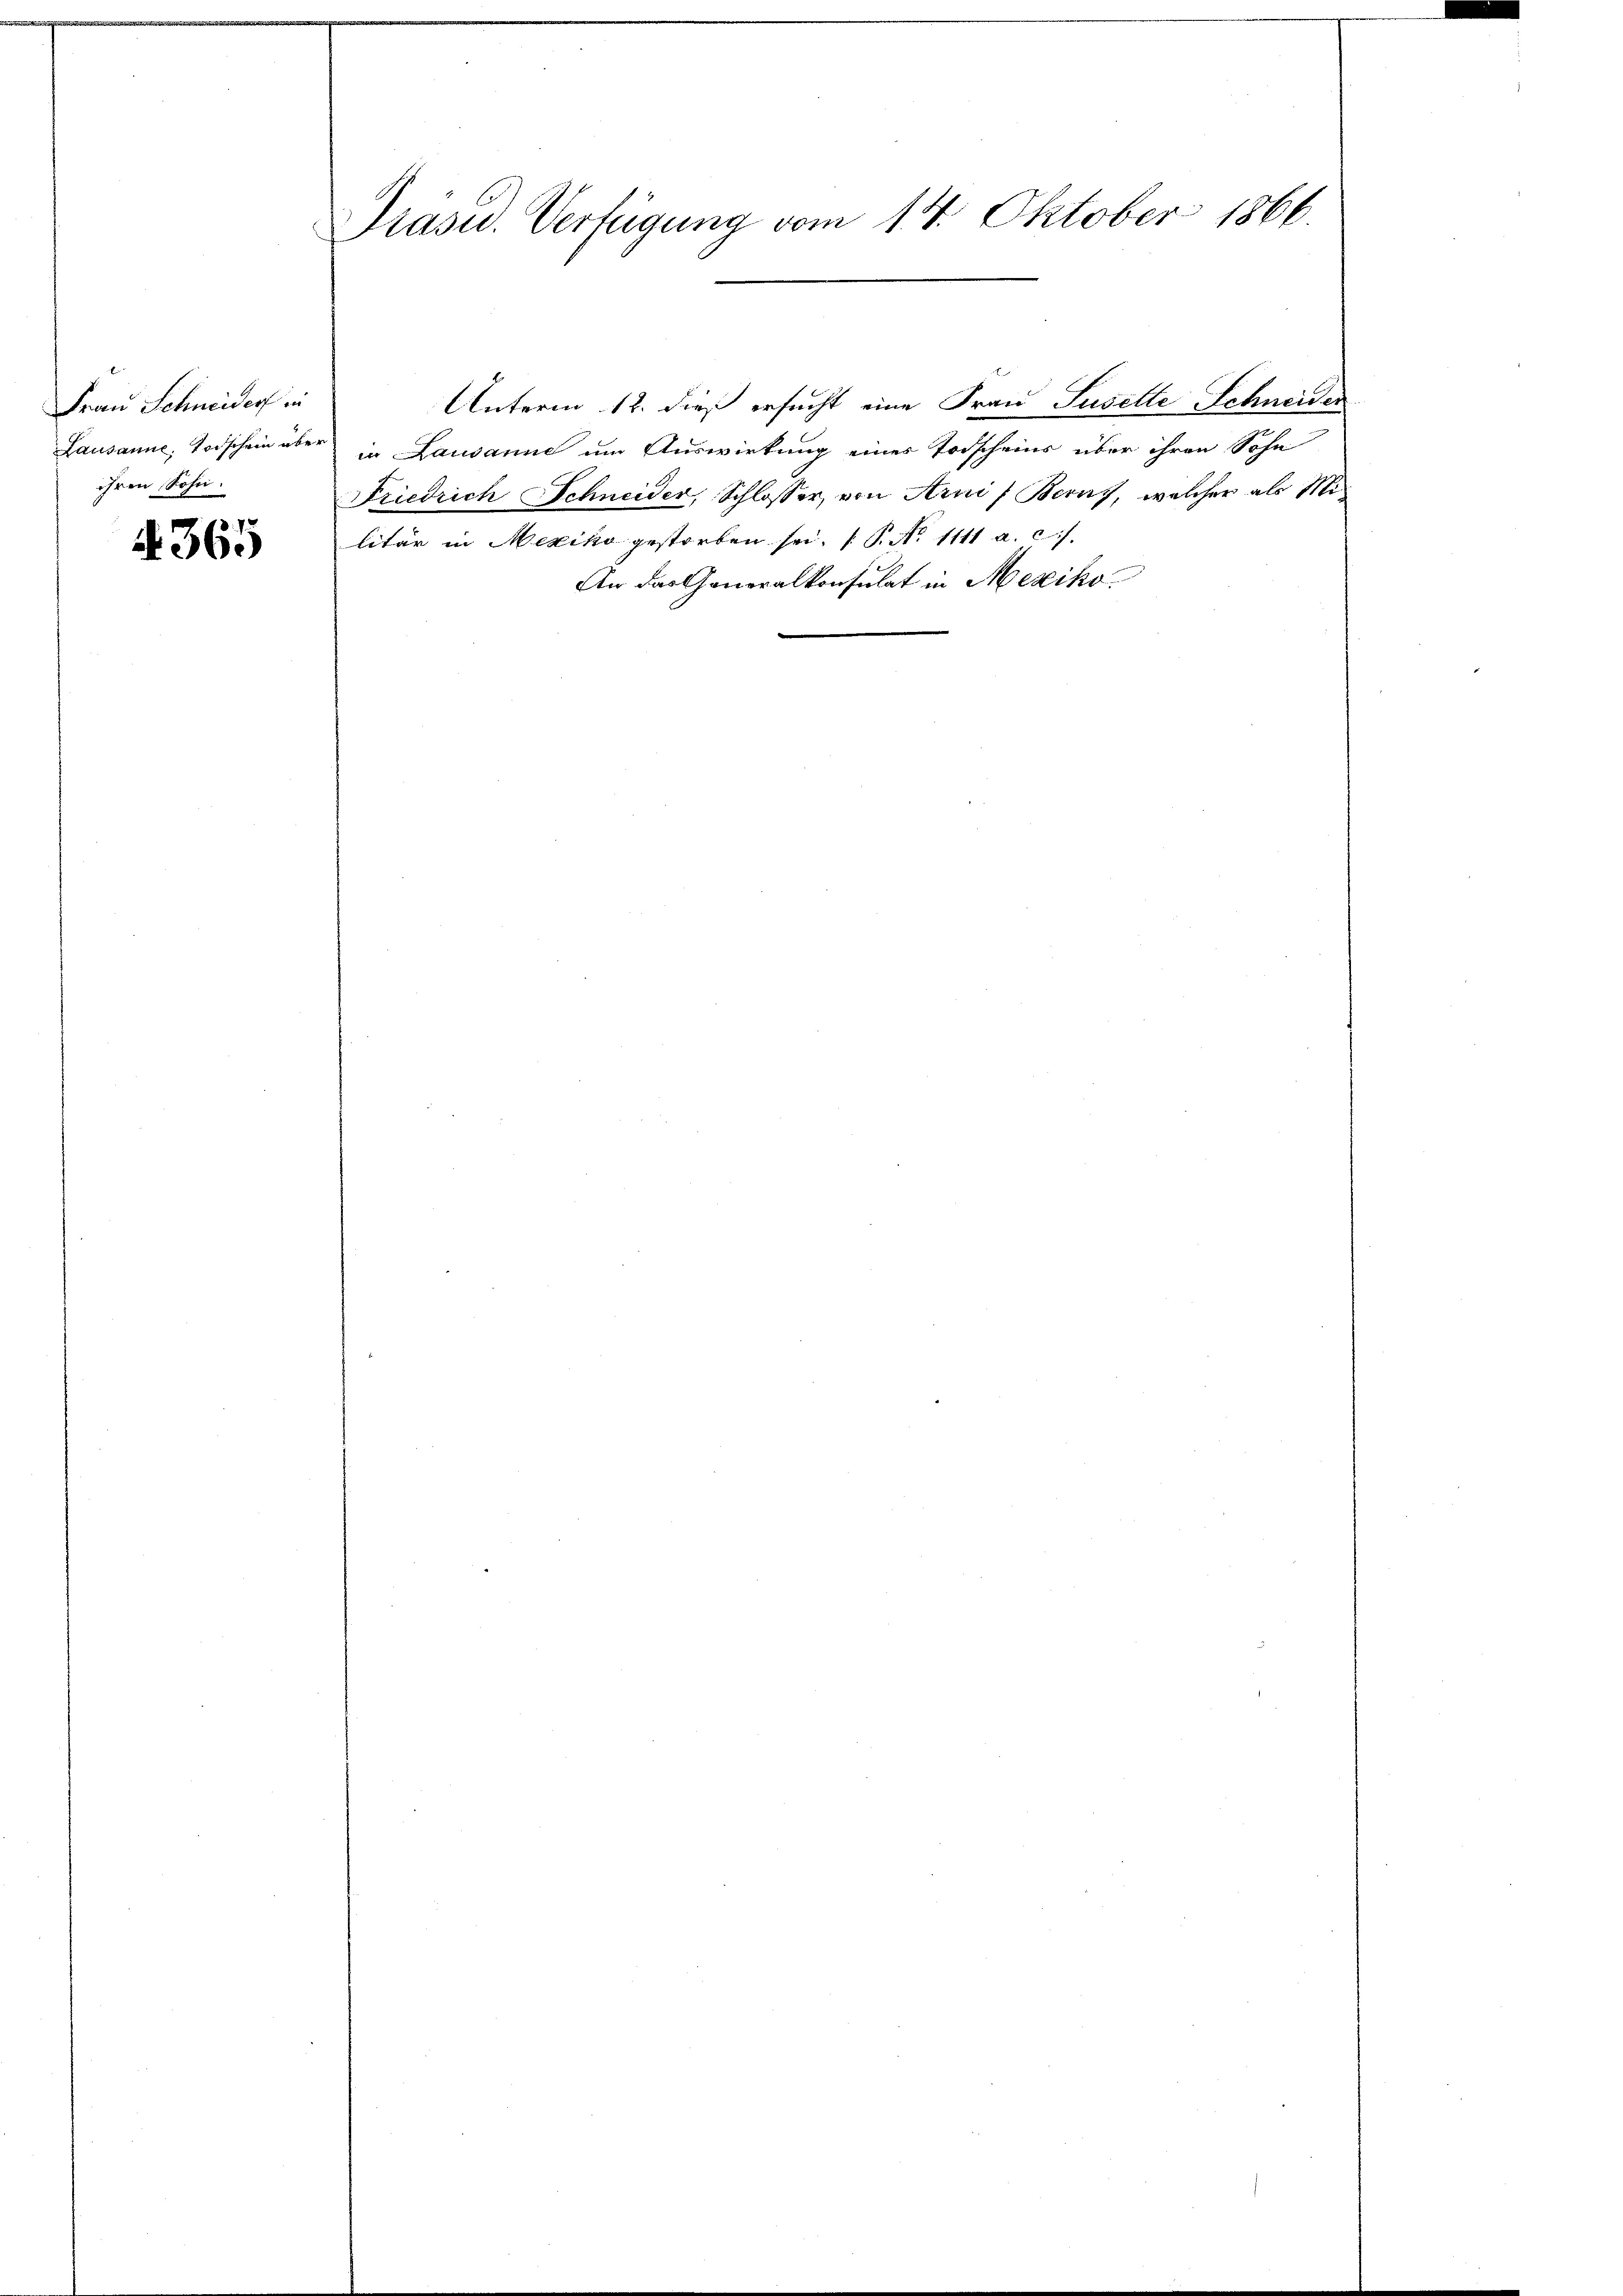
Frau Schneiders in
ihren Sohn.

4. 365

Präsid. Verfügung vom 14. Oktober 1866.

Lausanne, Todschein über in Lausanne um Auswirkung eines Todscheine über ihren Sohn
Friedrich Schneider, Schlosser, von Arni, Beruf, welcher als Militär in Mexiko gestorben sei. P. Nr. 1111 a. c.
An das Generalkonsulat in Mexiko

Unterm 12. dieß ersucht eine Frau Suselte Schneider